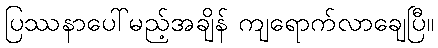
ပြဿနာပေါ်မည့်အချိန် ကျရောက်လာချေပြီ။